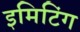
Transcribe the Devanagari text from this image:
इमिटिंग